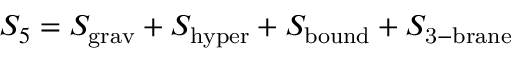
S _ { 5 } = S _ { \mathrm { g r a v } } + S _ { \mathrm { h y p e r } } + S _ { \mathrm { b o u n d } } + S _ { \mathrm { 3 - b r a n e } }